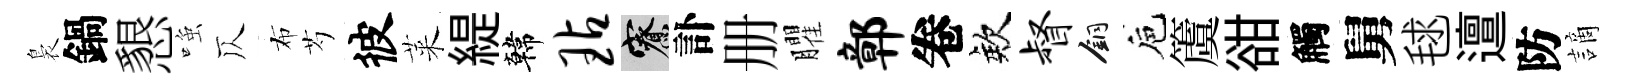
裊鍋懇𫪻仄布芍彼萊緹韓玷寮訃册臞鄣卷欸督銅巵𥵂𧮳觸舅毬邅防謫